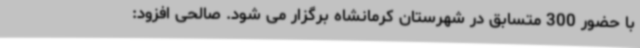
با حضور 300 متسابق در شهرستان کرمانشاه برگزار می شود. صالحی افزود: